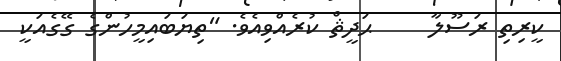
ކީރިތި ރަސޫލާ     ޙަދީޘް ކުރެއްވިއެވެ. "ތިޔަބައިމީހުންގެ ގޭގެއަކީ